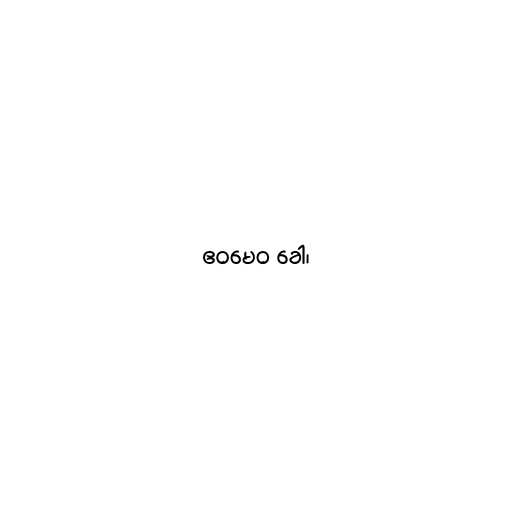
ဧဝမေဝ ခေါ၊